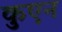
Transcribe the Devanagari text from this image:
कुएन